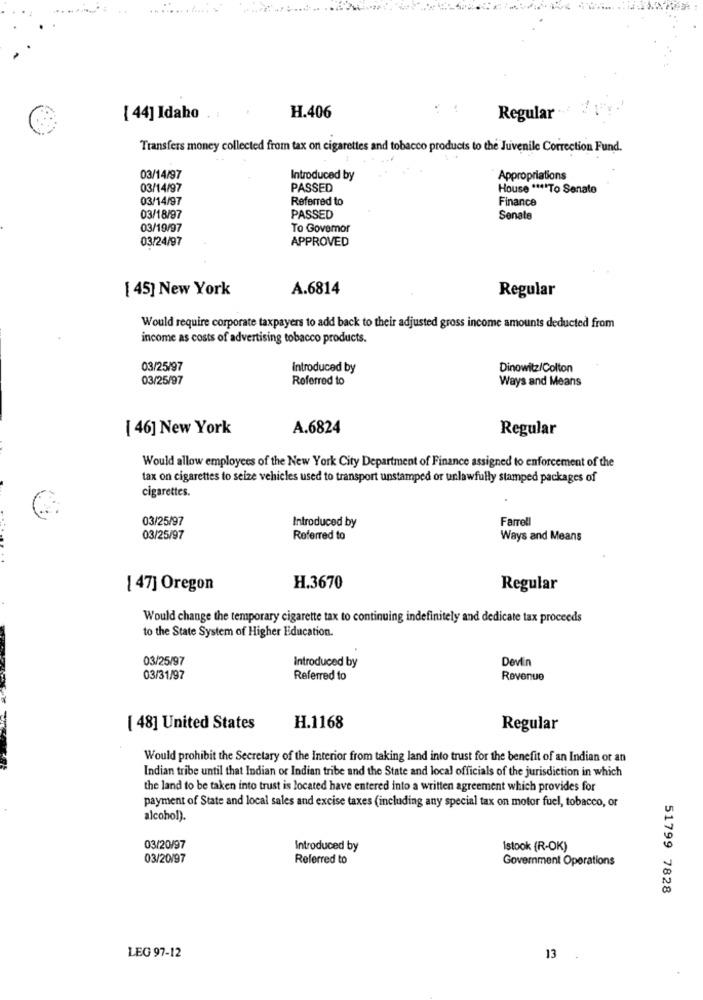
[ 44] Idaho . :
H.406
Regular
Transfers money collected from tax on cigarettes and tobacco products to the Juvenile Correction Fund.
03/14/97
Introduced by
Appropriations
03/14/97
PASSED
House **** To Senate
03/14/97
Referred to
Finance
03/18/97
PASSED
Senate
03/19/97
To Govemor
03/24/97
APPROVED
[ 45] New York
A.6814
Regular
Would require corporate taxpayers to add back to their adjusted gross income amounts deducted from
income as costs of advertising tobacco products.
03/25/97
Introduced by
Dinowitz/Colton
03/25/97
Referred to
Ways and Means
[ 46] New York
A.6824
Regular
Would allow employees of the New York City Department of Finance assigned to enforcement of the
tax on cigarettes to seize vehicles used to transport unstamped or unlawfully stamped packages of
cigarettes.
03/25/97
Farrell
Introduced by
03/25/97
Referred to
Ways and Means
[ 47] Oregon
H.3670
Regular
Would change the temporary cigarette tax to continuing indefinitely and dedicate tax proceeds
to the State System of Higher Education.
03/25/97
Devin
Introduced by
03/31/97
Referred to
Revenue
[ 48] United States
H.1168
Regular
Would prohibit the Secretary of the Interior from taking land into trust for the benefit of an Indian or an
Indian tribe until that Indian or Indian tribe and the State and local officials of the jurisdiction in which
the land to be taken into trust is located have entered into a written agreement which provides for
payment of State and local sales and excise taxes (including any special tax on motor fuel, tobacco, or
alcohol).
03/20/97
Introduced by
Istook (R-OK)
03/20/97
Referred to
Government Operations
51799 7828
LEG 97-12
13